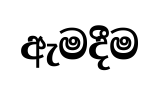
ඇමදීම